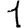
Digit: 1